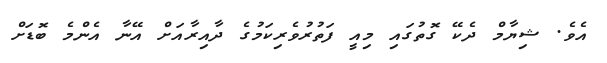
އެވެ. ޝިޔާމް ދެކޭ ގޮތުގައި މިއީ ފަތުރުވެރިކަމުގެ ދާއިރާއަށް އޭނާ އެންމެ ބޮޑަށް